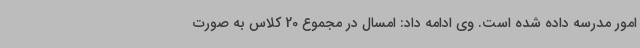
امور مدرسه داده شده است. وی ادامه داد: امسال در مجموع 20 کلاس به صورت